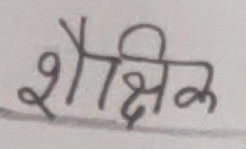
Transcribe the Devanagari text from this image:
शैक्षिक